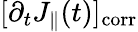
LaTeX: [\partial_{t}J_{\parallel}(t)]_{\mathrm{corr}}